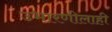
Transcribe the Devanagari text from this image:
उभारणीलाही